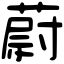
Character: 蔚